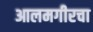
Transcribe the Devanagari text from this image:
आलमगीरचा